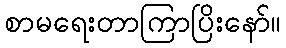
စာမရေးတာကြာပြိးနော်။